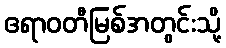
ဧရာဝတီမြစ်အတွင်းသို့